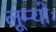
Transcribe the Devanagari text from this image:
लूम्योः